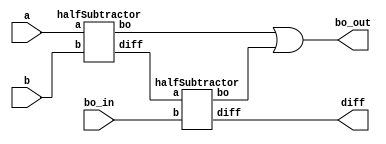
module fullSubtractor(a,b, bo_in, diff, bo_out);
  input a,b,bo_in;
  output diff, bo_out;
  
  wire w1,b1,b2;
  
  halfSubtractor hs1(a,b,w1,b1);
  halfSubtractor hs2(w1, bo_in, diff, b2);
  
  assign bo_out = b1|b2;
  
endmodule

module halfSubtractor(a,b,diff,bo);
  input a, b;
  output diff, bo;
  
  wire temp;
  
  assign diff = a^b;
  assign bo = ~a&b;
  
endmodule